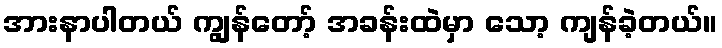
အားနာပါတယ် ကျွန်တော့် အခန်းထဲမှာ သော့ ကျန်ခဲ့တယ်။